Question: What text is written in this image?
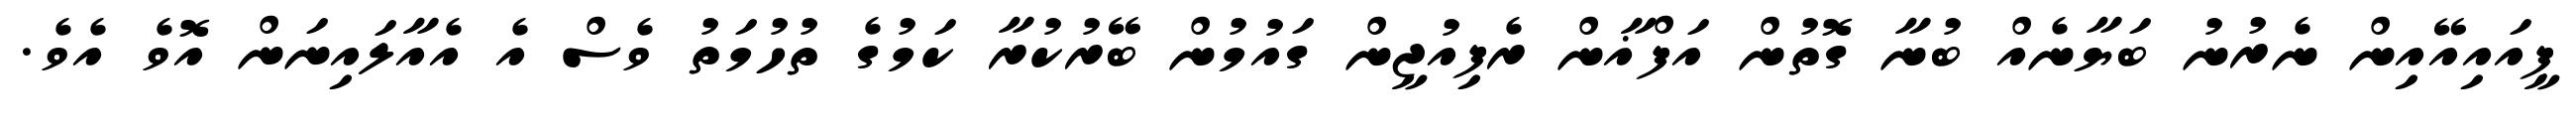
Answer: ޕީއައިއޭއިން ނެރުނު ބަޔާނެއް ބުނާ ގޮތުން އަފްޣާން ރެފިއުޖީން ގައުމުން ބޭރުކުރާ ކަމުގެ ތުހުމަތު ވެސް އެ އެއާލައިނަން އޮވެ އެވެ.